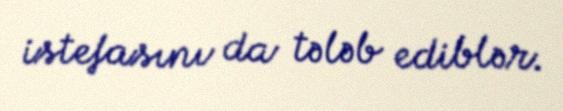
istefasını da tələb ediblər.